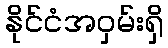
နိုင်ငံအဝှမ်းရှိ